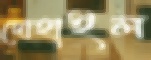
দোহাইল